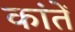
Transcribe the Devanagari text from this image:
कांतें